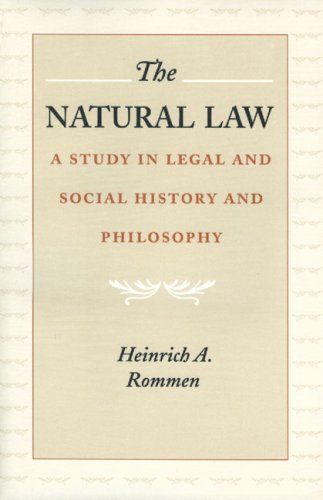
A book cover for The Natural Law: A Study in Legal and Social History and Philosophy; Heinrich A. Rommen; Law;